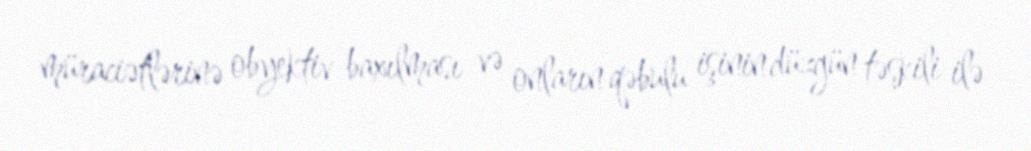
müraciətlərinə obyektiv baxılması və onların qəbulu işinin düzgün təşkili ilə